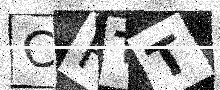
Text: CHTT